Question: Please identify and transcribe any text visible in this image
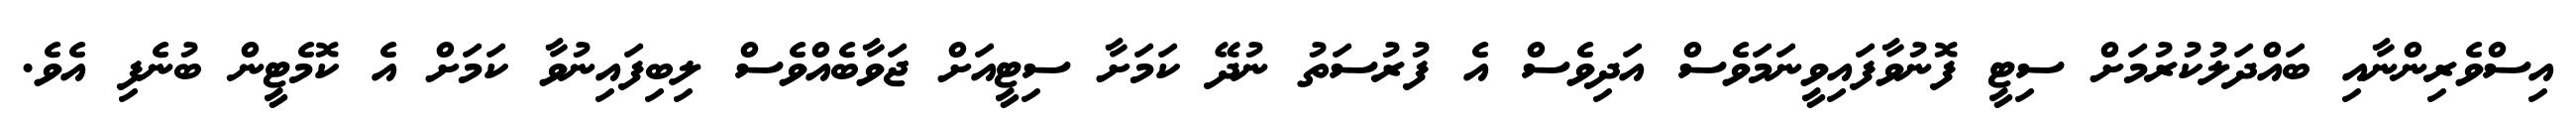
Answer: އިސްވެރިންނާއި ބައްދަލުކުރުމަށް ސިޓީ ފޮނުވާފައިވީނަމަވެސް އަދިވެސް އެ ފުރުސަތު ނުދޭ ކަމަށާ ސިޓީއަށް ޖަވާބެއްވެސް ލިބިފައިނުވާ ކަމަށް އެ ކޮމެޓީން ބުނެފި އެވެ.